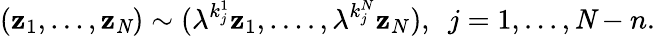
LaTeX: (\mathbf{z}_{1},...,\mathbf{z}_{\mathit{N}})\sim({\lambda}^{k_{j}^{1}}\mathbf{z}_{1},....,{\lambda}^{k_{j}^{N}}\mathbf{z}_{N}),\, \, \, j=1,...,{\mathit{N}}-n.